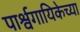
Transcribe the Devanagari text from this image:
पार्श्वगायिकेच्या